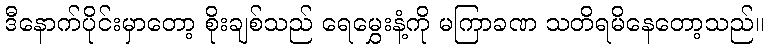
ဒီနောက်ပိုင်းမှာတော့ စိုးချစ်သည် ရေမွှေးနံ့ကို မကြာခဏ သတိရမိနေတော့သည်။